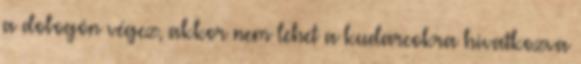
a dobogón végez, akkor nem lehet a kudarcokra hivatkozva